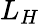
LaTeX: L_{H}